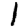
Digit: 1